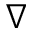
\nabla